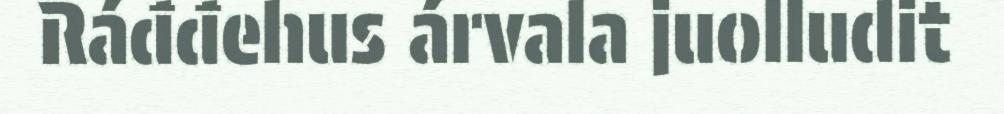
Ráđđehus árvala juolludit